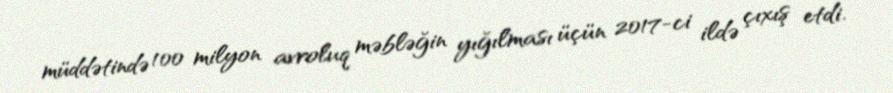
müddətində 100 milyon avroluq məbləğin yığılması üçün 2017-ci ildə çıxış etdi.